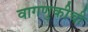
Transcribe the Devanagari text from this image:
वागणुकीची